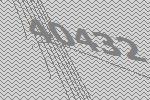
40432